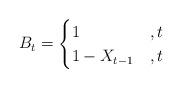
LaTeX: \begin{align*}B_t=\begin{cases}1&,t\\1-X_{t-1}&,t\end{cases}\end{align*}